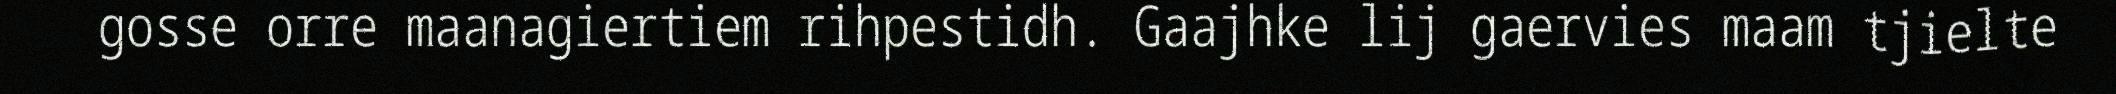
gosse orre maanagiertiem rihpestidh. Gaajhke lij gaervies maam tjielte